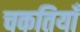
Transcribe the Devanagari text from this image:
चकतियाँ